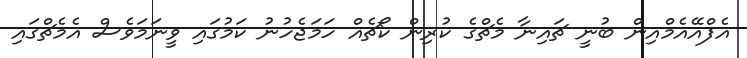
އެފްއޭއެމްއިން ބުނީ ޗައިނާ މެޗްގެ ކުރިން ކޯޗެއް ހަމަޖެހުނު ކަމުގައި ވީނަމަވެސް އެމެޗްގައި